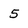
Character: 5